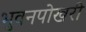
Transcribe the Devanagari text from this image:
भुवनपोखरी